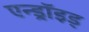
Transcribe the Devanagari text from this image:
एन्ड्रॉइड्